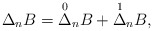
\begin{align*} \Delta_nB=\overset{0}{\Delta}_nB+\overset{1}{\Delta}_nB,\end{align*}